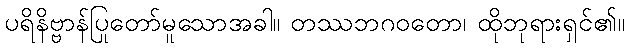
ပရိနိဗ္ဗာန်ပြုတော်မူသောအခါ။ တဿဘဂဝတော၊ ထိုဘုရားရှင်၏။